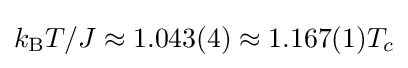
k_{\rm {B}}T/J\approx 1.043(4)\approx 1.167(1)T_{c}